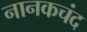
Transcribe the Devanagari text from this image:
नानकचंद